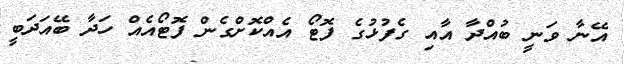
އޭނާ ވަނީ ބުއްދާ އާއި ގެފުޅުގެ ފޮޓޯ އެއްކޮށްގެން ފޮޓޯއެއް ހަދާ ބޭއަދަބީ